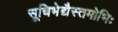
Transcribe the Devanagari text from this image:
सूचिभेद्यैस्तमोभिः